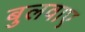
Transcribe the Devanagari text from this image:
बुलवाए